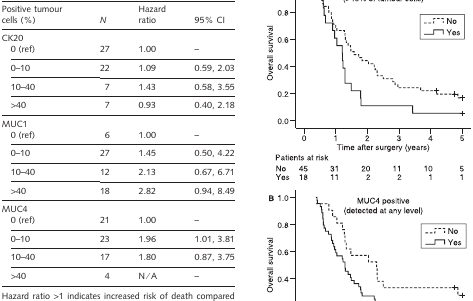
| Positive tumour cells (%) | N | Hazard ratio | 95% CI |
 | --- | --- | --- | --- |
 | <COLSPAN=4> CK20 |
 | 0 (ref) | 27 | 1.00 | – |
 | 0–10 | 22 | 1.09 | 0.59, 2.03 |
 | 10–40 | 7 | 1.43 | 0.58, 3.55 |
 | >40 | 7 | 0.93 | 0.40, 2.18 |
 | <COLSPAN=4> MUC1 |
 | 0 (ref) | 6 | 1.00 | – |
 | 0–10 | 27 | 1.45 | 0.50, 4.22 |
 | 10–40 | 12 | 2.13 | 0.67, 6.71 |
 | >40 | 18 | 2.82 | 0.94, 8.49 |
 | <COLSPAN=4> MUC4 |
 | 0 (ref) | 21 | 1.00 | – |
 | 0–10 | 23 | 1.96 | 1.01, 3.81 |
 | 10–40 | 17 | 1.80 | 0.87, 3.75 |
 | >40 | 4 | N/A | – |